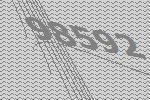
98592